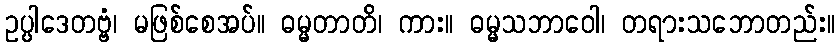
ဥပ္ပါဒေတဗ္ဗံ၊ မဖြစ်စေအပ်။ ဓမ္မတာတိ၊ ကား။ ဓမ္မသဘာဝေါ၊ တရားသဘောတည်း။